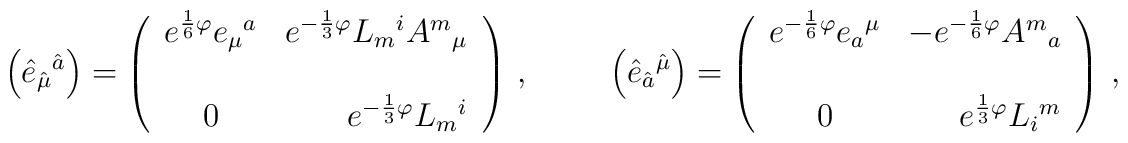
\left( \hat{e}_{\hat{\mu}}{}^{\hat{a}} \right) = \left(\begin{array}{cr}e^{\frac{1}{6}\varphi} e_{\mu}{}^{a} & e^{-\frac{1}{3}\varphi}L_{m}{}^{i}A^{m}{}_{\mu} \\&\\0             & e^{-\frac{1}{3}\varphi} L_{m}{}^{i}  \\\end{array}\right)\, , \hspace{1cm}\left(\hat{e}_{\hat{a}}{}^{\hat{\mu}} \right) =\left(\begin{array}{cr}e^{-\frac{1}{6}\varphi}e_{a}{}^{\mu} & -e^{-\frac{1}{6}\varphi}A^{m}{}_{a}   \\& \\0             &  e^{\frac{1}{3}\varphi} L_{i}{}^{m}  \\\end{array}\right)\, ,